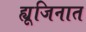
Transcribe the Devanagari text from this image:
ह्यूजिनात